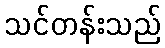
သင်တန်းသည်